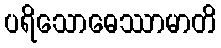
ပရိသောဓေဿာမာတိ